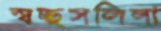
স্বচ্ছসলিলা